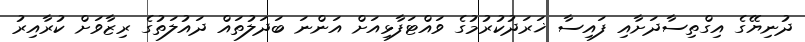
ދުނިޔޭގެ އިގްތިސާދަށާއި ފައިސާ ޚަރަދުކުރުމުގެ ވައްޓަފާޅިއަށް އަންނަ ބަދަލުތައް ދައުލަތުގެ ރިޒާވަށް ކުރާއިރު